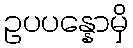
ဥပပန္နောမှိ